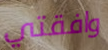
وافقتي